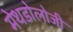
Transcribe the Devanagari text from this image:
मेथडोलोजी